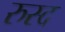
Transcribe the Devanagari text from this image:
रुस्द